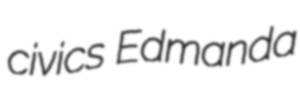
civics Edmanda